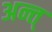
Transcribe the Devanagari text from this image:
अन्त्